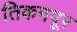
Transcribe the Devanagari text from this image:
तिकमपूर